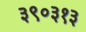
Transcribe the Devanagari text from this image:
३९०३१३